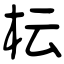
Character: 枟